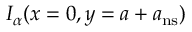
I _ { \alpha } ( x = 0 , y = a + a _ { \mathrm { n s } } )